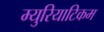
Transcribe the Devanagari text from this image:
म्युरियाटिकम